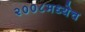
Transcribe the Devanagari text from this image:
२००८मध्येच